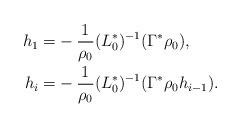
LaTeX: \begin{align*}h_1 = &-\frac{1}{\rho_0}(L_0^*)^{-1}(\Gamma^*\rho_0), \\h_i=& -\frac{1}{\rho_0}(L_0^*)^{-1}(\Gamma^*\rho_0 h_{i-1}) .\end{align*}